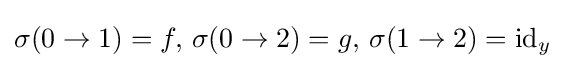
\sigma (0\to 1)=f,\,\sigma (0\to 2)=g,\,\sigma (1\to 2)=\operatorname {id} _{y}